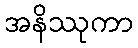
အနိဿုကာ